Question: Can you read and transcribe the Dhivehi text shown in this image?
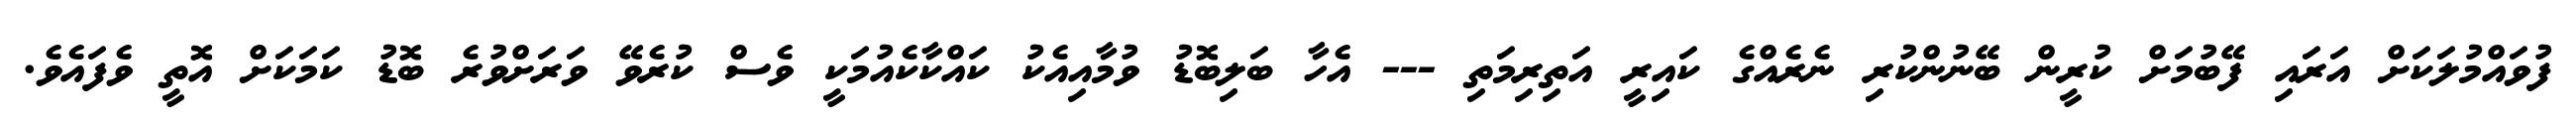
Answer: ފުވައްމުލަކަށް އަރައި ފޭބުމަށް ކުރީން ބޭނުންކުރި ނެރެއްގެ ކައިރީ އަތިރިމަތި --- އެހާ ބަލިބޮޑު ވުމާއިއެކު ކައްކާކެއުމަކީ ވެސް ކުރެވޭ ވަރަށްވުރެ ބޮޑު ކަމަކަށް އޮތީ ވެފައެވެ.